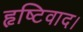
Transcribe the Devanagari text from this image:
हृष्टिवाद।